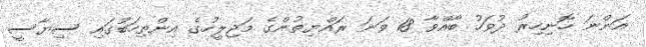
އަންނަ ހޮނިހިރު ދުވަހު ބާއްވާ 18 ވަނަ ރައްޔިތުންގެ މަޖިލީހުގެ އިންތިހަބުގައި ސިޔާސީ